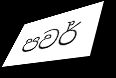
පවර්